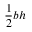
{ \frac { 1 } { 2 } } b h \,